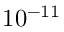
1 0 ^ { - 1 1 }